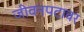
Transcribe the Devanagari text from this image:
जीवनपटावर